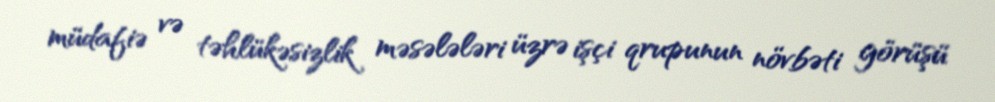
müdafiə və təhlükəsizlik məsələləri üzrə işçi qrupunun növbəti görüşü